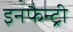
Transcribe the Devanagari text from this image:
इनफैन्ट्री